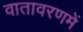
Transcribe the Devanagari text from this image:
वातावरणमें